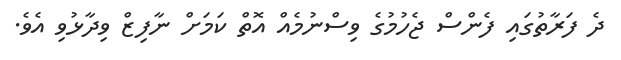
ދެ ފަރާތުގައި ފެންސް ޖެހުމުގެ ވިސްނުމެއް އޮތް ކަމަށް ނާފިޒް ވިދާޅުވި އެވެ.